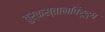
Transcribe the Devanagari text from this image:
तुर्कस्तानविरूद्ध